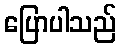
ပြောပါသည်